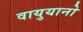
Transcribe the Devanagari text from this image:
वायुयानो